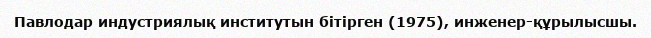
Павлодар индустриялық институтын бітірген (1975), инженер-құрылысшы.